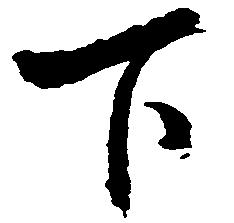
下